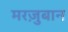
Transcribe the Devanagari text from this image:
मरज़ुबान